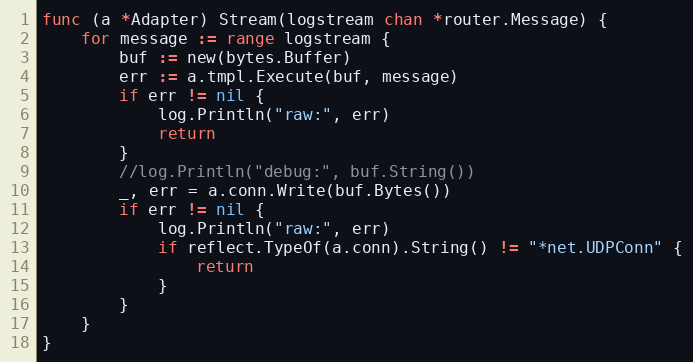
Language: Go
func (a *Adapter) Stream(logstream chan *router.Message) {
	for message := range logstream {
		buf := new(bytes.Buffer)
		err := a.tmpl.Execute(buf, message)
		if err != nil {
			log.Println("raw:", err)
			return
		}
		//log.Println("debug:", buf.String())
		_, err = a.conn.Write(buf.Bytes())
		if err != nil {
			log.Println("raw:", err)
			if reflect.TypeOf(a.conn).String() != "*net.UDPConn" {
				return
			}
		}
	}
}